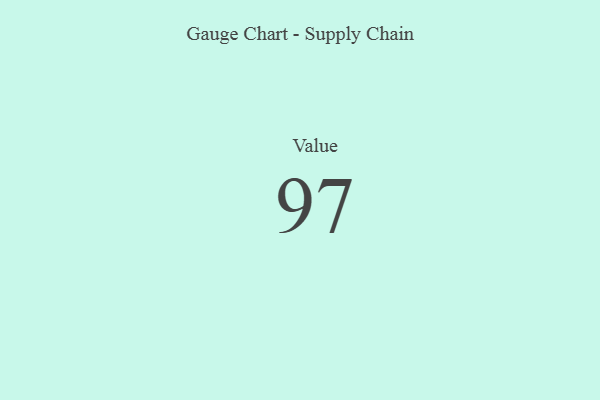
{"axis": {"x": "Metric", "y": "Value"}, "legend": [""], "data": [{"x": "Value", "y": 97, "type": ""}]}